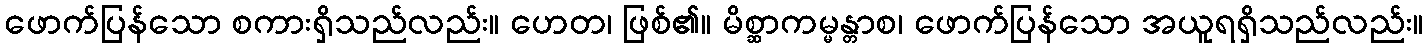
ဖောက်ပြန်သော စကားရှိသည်လည်း။ ဟေတ၊ ဖြစ်၏။ မိစ္ဆာကမ္မန္တာစ၊ ဖောက်ပြန်သော အယူရရှိသည်လည်း။